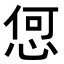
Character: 𢚨